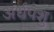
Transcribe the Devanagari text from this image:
अर्धपशु